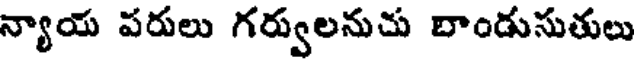
న్యాయ పరులు గర్వులనుచు బాండుసుతులు